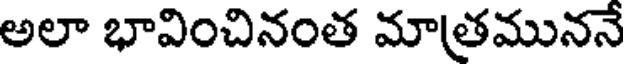
అలా భావించినంత మాత్రముననే